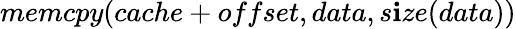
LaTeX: memcpy(cache+offset,data,s\mathbf{i}ze(data))